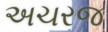
અચરજ